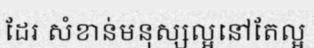
ដែរ សំខាន់មនុស្សល្អនៅតែល្អ